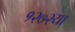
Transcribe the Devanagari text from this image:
१२७२या